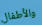
والأطفال